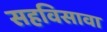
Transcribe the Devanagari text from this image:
सहविसावा